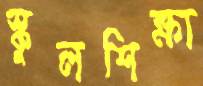
স্কুলশিক্ষা